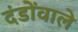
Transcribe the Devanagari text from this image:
दंडोंवाले